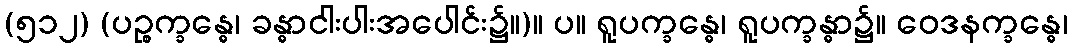
(၅၁၂) (ပဉ္စက္ခန္ဓေ၊ ခန္ဓာငါးပါးအပေါင်း၌။)။ ပ။ ရူပက္ခန္ဓေ၊ ရူပက္ခန္ဓာ၌။ ဝေဒနက္ခန္ဓေ၊